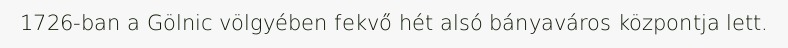
1726-ban a Gölnic völgyében fekvő hét alsó bányaváros központja lett.